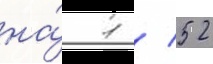
на́ 1 / 52